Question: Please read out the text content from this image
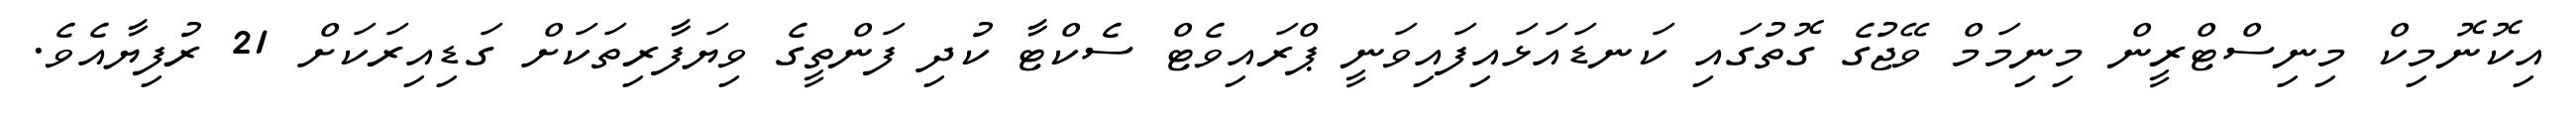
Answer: އިކޮނޮމިކް މިނިސްޓްރީން މިނިމަމް ވޭޖުގެ ގޮތުގައި ކަނޑައަޅައިފައިވަނީ ޕްރައިވެޓް ސެކްޓާ ކުދި ފަންތީގެ ވިޔަފާރިތަކަށް ގަޑިއިރަކަށް 21 ރުފިޔާއެވެ.